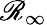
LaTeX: \mathscr{R}_{\infty}